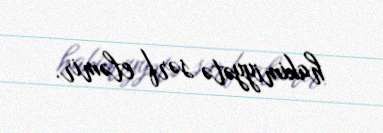
hakimiyyətə sərf eləmir.